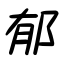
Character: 郁